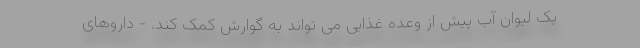
یک لیوان آب پیش از وعده غذایی می تواند به گوارش کمک کند. - داروهای